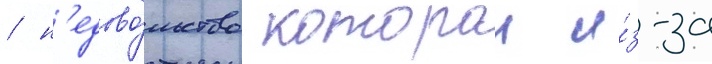
/ н'едово́льство которои и́з-за